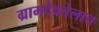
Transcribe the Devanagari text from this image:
ग्रामदेवतेलाच